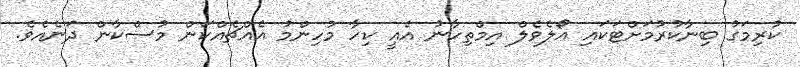
ކުރިމަގު ބިނާކުރުމަށްޓަކައި އޯލެވެލް އިމްތިހާނު އެއީ ކިހާ މުހިންމު އެއްޗެއްކަން މުސްކާން ދަނެއެވެ.